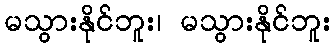
မသွားနိုင်ဘူး၊ မသွားနိုင်ဘူး